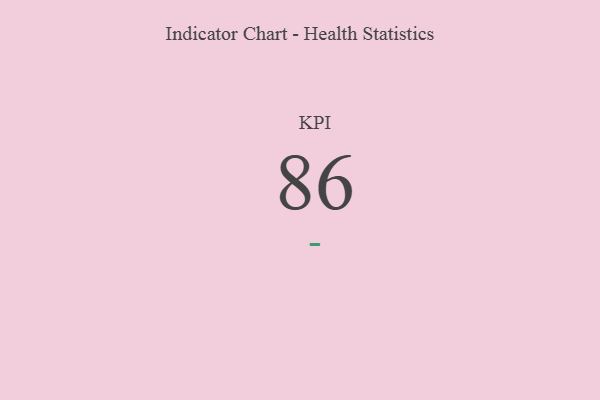
{"axis": {"x": "KPI", "y": "Value"}, "legend": [""], "data": [{"x": "KPI", "y": 86, "type": ""}]}